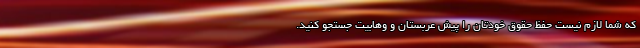
که شما لازم نیست حفظ حقوق خودتان را پیش عربستان و وهابیت جستجو کنید.